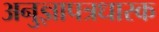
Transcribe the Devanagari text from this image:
अनुज्ञापत्रधारक